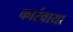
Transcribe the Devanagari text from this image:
कार्रवाया